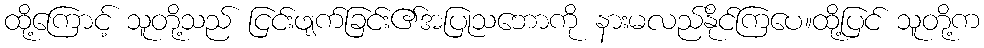
ထို့ကြောင့် သူတို့သည် ငြင်းဖျက်ခြင်း၏အပြုသဘောကို နားမလည်နိုင်ကြပေ။ထို့ပြင် သူတို့က